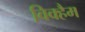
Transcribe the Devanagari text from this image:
विक्हैम